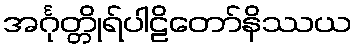
အင်္ဂုတ္တိုရ်ပါဠိတော်နိဿယ